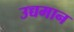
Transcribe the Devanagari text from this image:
उच्चमान